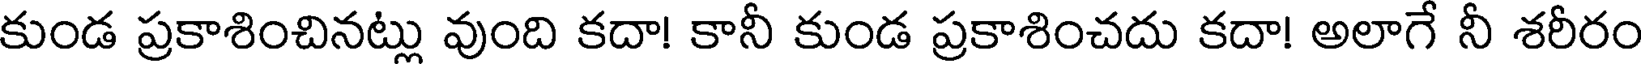
కుండ ప్రకాశించినట్లు వుంది కదా! కానీ కుండ ప్రకాశించదు కదా! అలాగే నీ శరీరం